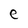
Character: e